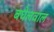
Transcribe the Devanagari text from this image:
बघेलवाल